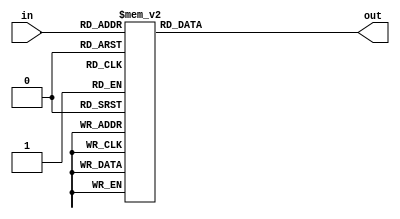

module DecimalDisplay 
(
	input [3:0] in,
	output reg [6:0] out
);

	always @ (in) 
		case (in)
			4'b0000: out = 7'b1000000;   //0
			4'b0001: out = 7'b1111001;   //1
			4'b0010: out = 7'b0100100;   //2
			4'b0011: out = 7'b0110000;   //3
			4'b0100: out = 7'b0011001;   //4
			4'b0101: out = 7'b0010010;   //5
			4'b0110: out = 7'b0000010;   //6
			4'b0111: out = 7'b1111000;   //7
			4'b1000: out = 7'b0000000;   //8
			4'b1001: out = 7'b0011000;   //9
			4'b1110: out = 7'b0111111;   //-
			4'b1111: out = 7'b1111111;   //Blank
			default: out = 7'b1111111;   //Blank
		endcase
endmodule